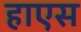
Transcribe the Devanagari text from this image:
हाएस